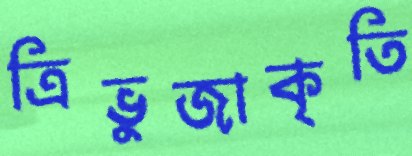
ত্রিভুজাকৃতি